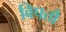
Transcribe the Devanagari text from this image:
विपत्तौ